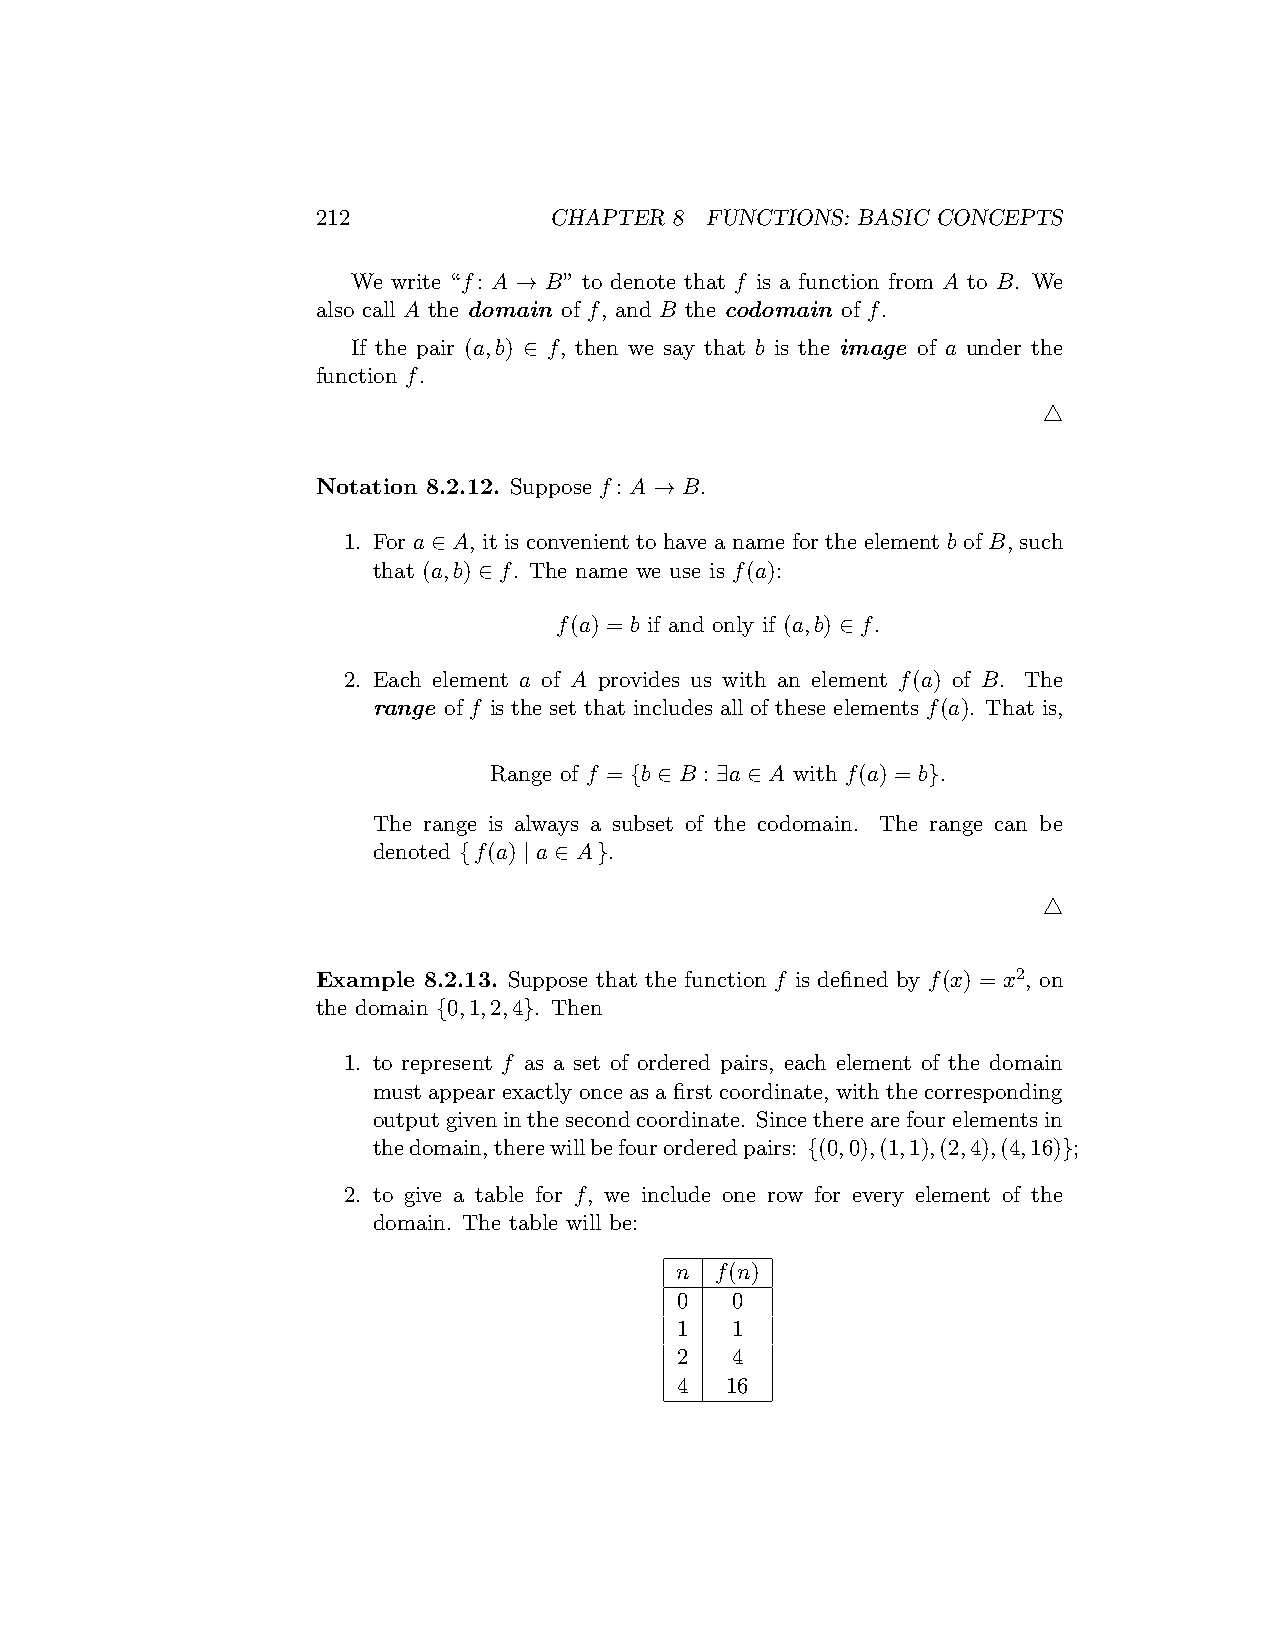
212            CHAPTER  8 FUNCTIONS: BASIC CONCEPTS
 We write “f: A → B” to denote that f is a function from A to B. We
 also call A the domain of f, and B the codomain of f.
 If the pair (a,b) ∈ f, then we say that b is the image of a under the
 function f.
 △
 Notation 8.2.12. Suppose f: A → B.
 1. For a ∈ A, it is convenient to have a name for the element b of B, such
 that (a,b) ∈ f. The name we use is f(a):
 f(a) = b if and only if (a,b) ∈ f.
 2. Each element a of A provides us with an element f(a) of B. The
 range of f is the set that includes all of these elements f(a). That is,
 Range of f = {b ∈ B : ∃a ∈ A with f(a) = b}.
 The range is always a subset of the codomain. The range can be
 denoted {f(a) | a ∈ A}.
 △
 Example 8.2.13. Suppose that the function f is defined by f(x) = x2, on
 the domain {0,1,2,4}. Then
 1. to represent f as a set of ordered pairs, each element of the domain
 must appear exactly once as a first coordinate, with the corresponding
 outputgiveninthesecondcoordinate. Sincetherearefourelementsin
 thedomain,therewillbefourorderedpairs: {(0,0),(1,1),(2,4),(4,16)};
 2. to give a table for f, we include one row for every element of the
 domain. The table will be:
 n f(n)
 0  0
 1  1
 2  4
 4  16